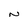
Character: N